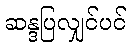
ဆန္ဒပြလျှင်ပင်